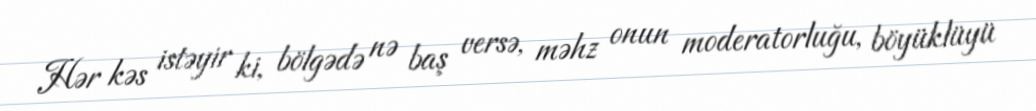
Hər kəs istəyir ki, bölgədə nə baş versə, məhz onun moderatorluğu, böyüklüyü